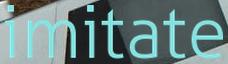
imitate